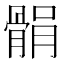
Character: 𩩐